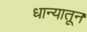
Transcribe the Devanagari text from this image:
धान्यातून